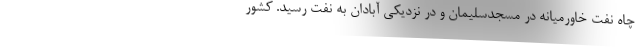
چاه نفت خاورمیانه در مسجدسلیمان و در نزدیکی آبادان به نفت رسید. کشور